Report on the bubonic plague in Bombay, 1896-1897
Year: 1896
Disease focus: Plague
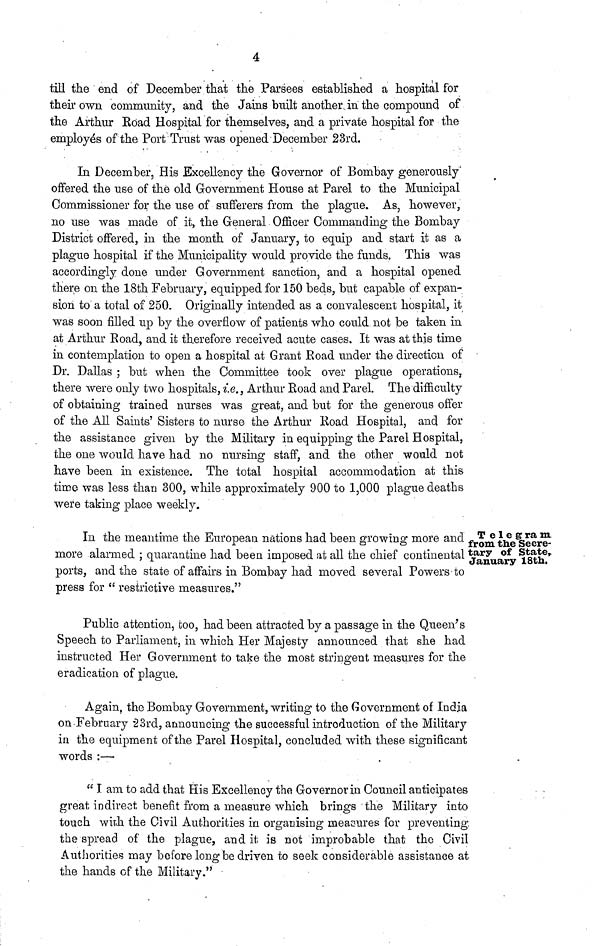
4
till the end of December that the Farsees established a hospital for
their own community, and the Jains built another, in the compound of
the Arthur Road Hospital for themselves, and a private hospital for the
employés of the Port Trust was opened December 23rd.
In December, His Excellency the Governor of Bombay generously"
offered the use of the old Government House at Parel to the Municipal
Commissioner for the use of sufferers from the plague. As, however,
no use was made of it, the General Officer Commanding the Bombay
District offered, in the month of January, to equip and start it as a
plague hospital if the Municipality would provide the funds. This was
accordingly done under Government sanction, and a hospital opened
there on the 18th February, equipped for 150 beds, but capable of expan-
sion to a total of 250. Originally intended as a convalescent hospital, it
was soon filled up by the overflow of patients who could not be taken in
at Arthur Road, and it therefore received acute cases. It was at this time
in contemplation to open a hospital at Grant Road under the direction of
Dr. Dallas ; but when the Committee took over plague operations,
there were only two hospitals, i.e., Arthur Road and Parel. The difficulty
of obtaining trained nurses was great, and but for the generous offer
of the All Saints' Sisters to nurse the Arthur Road Hospital, and for
the assistance given by the Military in equipping the Parel Hospital,
the one would have had no nursing staff, and the other would not
have been in existence. The total hospital accommodation at this
time was less than 300, while approximately 900 to 1,000 plague deaths
were taking place weekly.
Telegram
from the Secre-
tary of State,
January 18th.
In the meantime the European nations had been growing more and
more alarmed ; quarantine had been imposed at all the chief continental
ports, and the state of affairs in Bombay had moved several Powers to
press for " restrictive measures."
Public attention, too, had been attracted by a passage in the Queen's
Speech to Parliament, in which Her Majesty announced that she had
instructed Her Government to take the most stringent measures for the
eradication of plague.
Again, the Bombay Government, writing to the Government of India
on February 23rd, announcing the successful introduction of the Military
in the equipment of the Parel Hospital, concluded with these significant
words :—•
" I am to add that His Excellency the Governor in Council anticipates
great indirect benefit from a measure which brings the Military into
touch with the Civil Authorities in organising measures for preventing,
the spread of the plague, and it is not improbable that the Civil
Authorities may before long be driven to seek considerable assistance at
the hands of the Military."